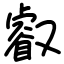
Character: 叡